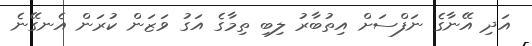
އަދި އޭނާގެ ނަފްސަށް އިތުބާރު ލިބި ތިމާގެ އަގު ވަޒަން ކުރަން އެނގޭނެ